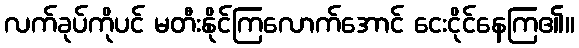
လက်ခုပ်ကိုပင် မတီးနိုင်ကြလောက်အောင် ငေးငိုင်နေကြ၏။